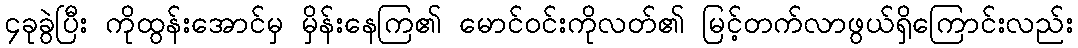
၄ခုခွဲပြီး ကိုထွန်းအောင်မှ မှိန်းနေကြ၏ မောင်ဝင်းကိုလတ်၏ မြင့်တက်လာဖွယ်ရှိကြောင်းလည်း